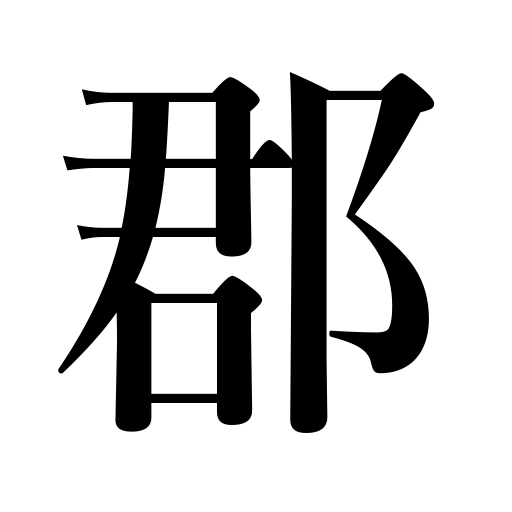
Meanings: county,district